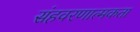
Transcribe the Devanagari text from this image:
संहवरणात्मकता